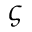
\varsigma